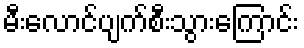
မီးလောင်ပျက်စီးသွားကြောင်း